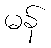
မန်